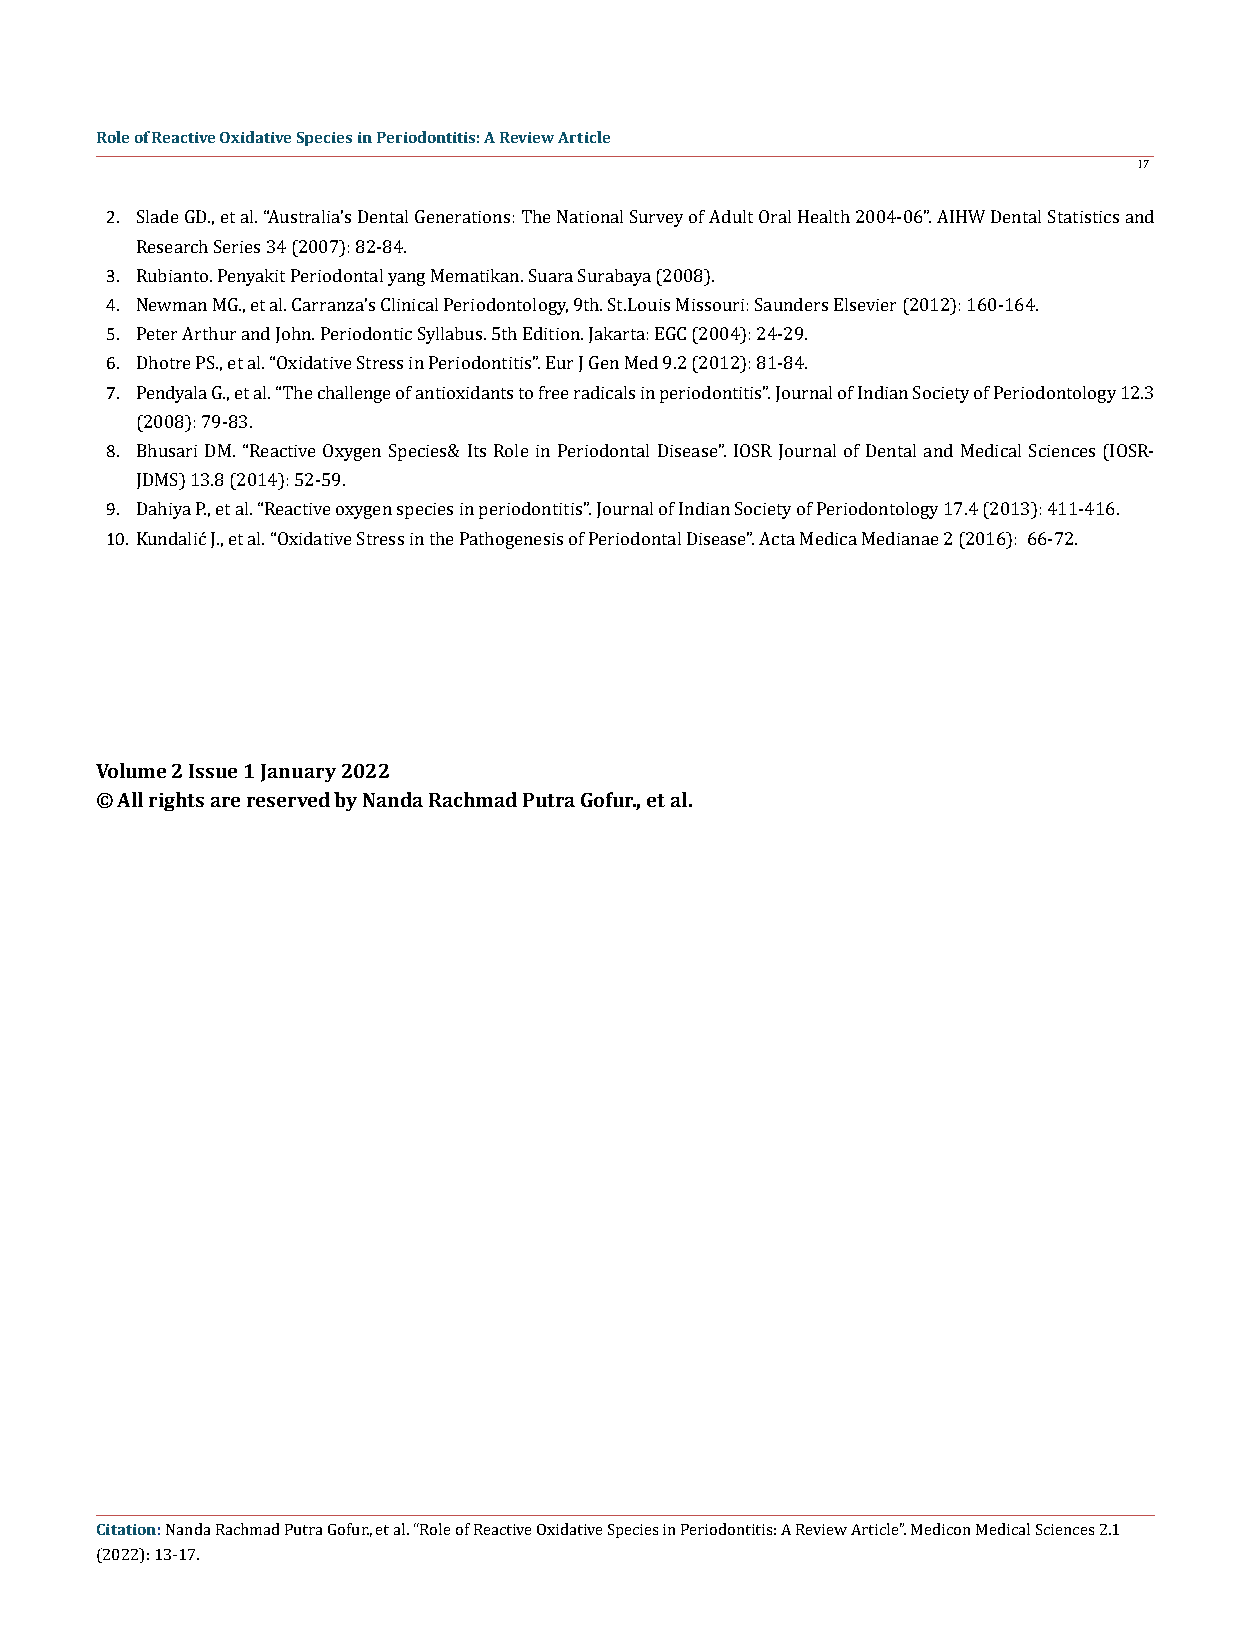
Role of Reactive Oxidative Species in Periodontitis: A Review Article
 17
 2.
 Slade GD., et al. “Australia’s Dental Generations: The National Survey of Adult Oral Health 2004-06”. AIHW Dental Statistics and
 3.
 Research Series 34 (2007): 82-84.
 4.
 Rubianto. Penyakit Periodontal yang Mematikan. Suara Surabaya (2008).
 5.
 Newman MG., et al. Carranza’s Clinical Periodontology, 9th. St.Louis Missouri: Saunders Elsevier (2012): 160-164.
 6.
 Peter Arthur and John. Periodontic Syllabus. 5th Edition. Jakarta: EGC (2004): 24-29.
 7.
 Dhotre PS., et al. “Oxidative Stress in Periodontitis”. Eur J Gen Med 9.2 (2012): 81-84.
 Pendyala G., et al. “The challenge of antioxidants to free radicals in periodontitis”. Journal of Indian Society of Periodontology 12.3
 8.
 (2008): 79-83.
 Bhusari DM. “Reactive Oxygen Species& Its Role in Periodontal Disease”. IOSR Journal of Dental and Medical Sciences (IOSR-
 9.
 JDMS) 13.8 (2014): 52-59.
 10.
 Dahiya P., et al. “Reactive oxygen species in periodontitis”. Journal of Indian Society of Periodontology 17.4 (2013): 411-416.
 Kundalić J., et al. “Oxidative Stress in the Pathogenesis of Periodontal Disease”. Acta Medica Medianae 2 (2016): 66-72.
 Volume 2 Issue 1 January 2022
 © All rights are reserved by Nanda Rachmad Putra Gofur., et al.
 Citation:
 Nanda Rachmad Putra Gofur., et al. “Role of Reactive Oxidative Species in Periodontitis: A Review Article”. Medicon Medical Sciences 2.1
 (2022): 13-17.